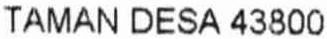
TAMAN DESA 43800